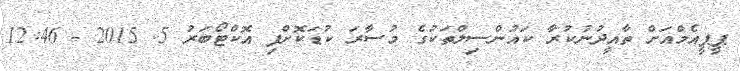
ޕީޕީއެމްއަށް ތާއީދުނުކުރާ ކައުންސިލްތަކުގެ މުސާރަ ކުޑަކޮށްފި އޮކްޓޯބަރު 5